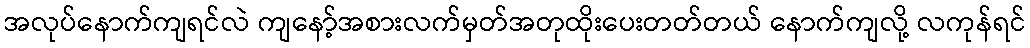
အလုပ်နောက်ကျရင်လဲ ကျနော့်အစားလက်မှတ်အတုထိုးပေးတတ်တယ် နောက်ကျလို့ လကုန်ရင်